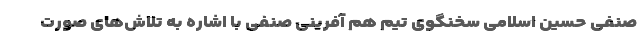
صنفی حسین اسلامی سخنگوی تیم هم آفرینی صنفی با اشاره به تلاش‌های صورت